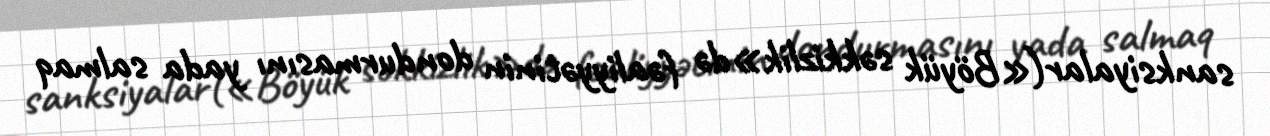
sanksiyalar(«Böyük səkkizlik»də fəaliyyətinin dondurmasını yada salmaq